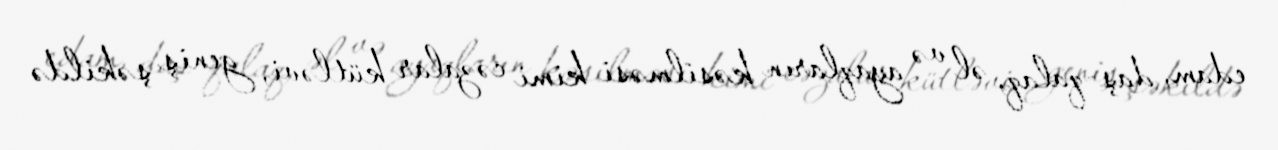
edam, daş-qalaq, əl və ayaqların kəsilməsi kimi cəzalar kütləvi, geniş şəkildə